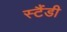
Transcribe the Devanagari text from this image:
स्टैंडी